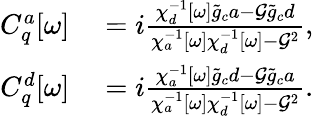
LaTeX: \begin{array}{rl}{C_{q}^{a}[\omega]}&{{}=i\frac{\chi_{d}^{-1}[\omega]\tilde{g}_{c}a-\mathcal{G}\tilde{g}_{c}d}{\chi_{a}^{-1}[\omega]\chi_{d}^{-1}[\omega]-\mathcal{G}^{2}},}\\ {C_{q}^{d}[\omega]}&{{}=i\frac{\chi_{a}^{-1}[\omega]\tilde{g}_{c}d-\mathcal{G}\tilde{g}_{c}a}{\chi_{a}^{-1}[\omega]\chi_{d}^{-1}[\omega]-\mathcal{G}^{2}}.}\end{array}